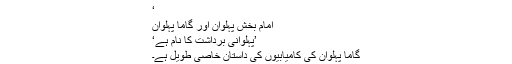
‘
امام بخش پہلوان اور گاما پہلوان
’پہلوانی برداشت کا نام ہے‘
گاما پہلوان کی کامیابیوں کی داستان خاصی طویل ہے۔